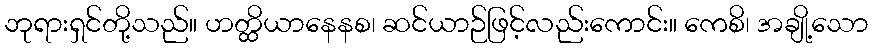
ဘုရားရှင်တို့သည်။ ဟတ္ထိယာနေနစ၊ ဆင်ယာဉ်ဖြင့်လည်းကောင်း။ ကေစိ၊ အချို့သော